Civil Veterinary Dept. Assam report 1927-50 - 1927-1950
Year: 1927
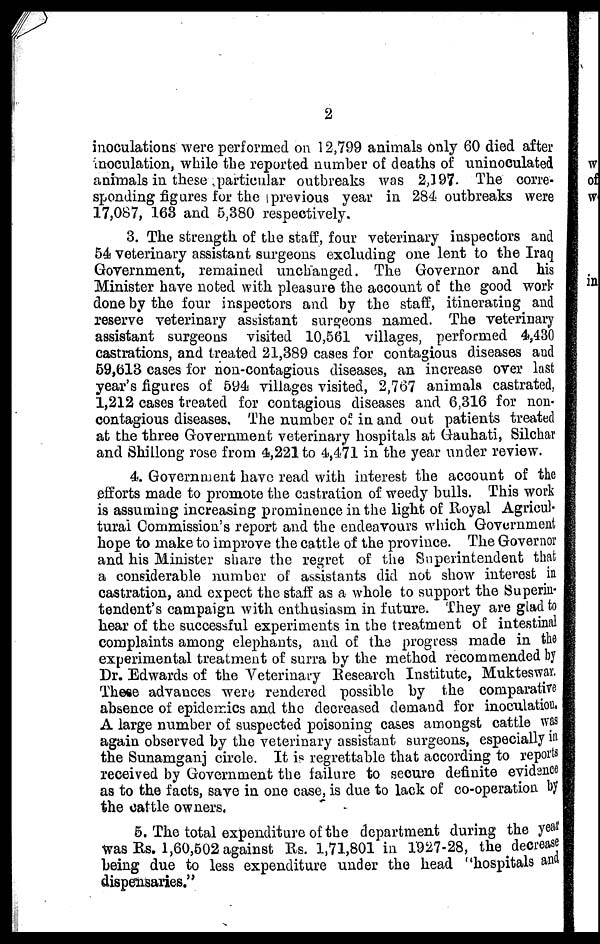
2
inoculations were performed on 12,799 animals only 60 died after
inoculation, while the reported number of deaths of uninoculated
animals in these particular outbreaks was 2,197. The corre-
sponding figures for the previous year in 284 outbreaks were
17,087, 163 and 5,380 respectively.
3. The strength of the staff, four veterinary inspectors and
64 veterinary assistant surgeons excluding one lent to the Iraq
Government, remained unchanged. The Governor and his
Minister have noted with pleasure the account of the good work
done by the four inspectors and by the staff, itinerating and
reserve veterinary assistant surgeons named. The veterinary
assistant surgeons visited 10,561 villages, performed 4,430
castrations, and treated 21,389 cases for contagious diseases and
59,613 cases for non-contagious diseases, an increase over last
year's figures of 694 villages visited, 2,767 animals castrated,
1,212 cases treated for contagious diseases and 6,316 for non-
contagious diseases. The number of in and out patients treated
at the three Government veterinary hospitals at Gauhati, Silchar
and Shillong rose from 4,221 to 4,471 in the year under review.
4. Government have read with interest the acoount of the
efforts made to promote the castration of weedy bulls. This work
is assuming increasing prominence in the light of Royal Agricul-
tural Commission's report and the endeavours which Government
hope to make to improve the cattle of the province. The Governor
and his Minister share the regret of the Superintendent that
a considerable number of assistants did not show interest in
castration, and expect the staff as a whole to support the Superin-
tendent's campaign with enthusiasm in future. They are glad to
hear of the successful experiments in the treatment of intestinal
complaints among elephants, and of the progress made in the
experimental treatment of surra by the method recommended by
Dr. Edwards of the Veterinary Research Institute, Mukteswar.
These advances were rendered possible by the comparative
absence of epidemics and the decreased demand for inoculation.
A large number of suspected poisoning cases amongst cattle was
again observed by the veterinary assistant surgeons, especially in
the Sunamganj circle. It is regrettable that according to reports
received by Government the failure to secure definite evidence
as to the facts, save in one case, is due to lack of co-operation by
the cattle owners.
5. The total expenditure of the department during the year
was Rs. 1,60,502 against Rs. 1,71,801 in 1927-28, the decrease
being due to less expenditure under the head "hospitals and
dispensaries."